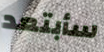
سأبتعد